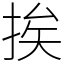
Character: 挨